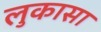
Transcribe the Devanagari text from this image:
लुकासा